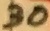
Text: 30